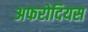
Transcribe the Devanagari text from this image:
अफरोदियस